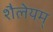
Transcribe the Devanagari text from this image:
शैलेयम्